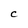
Character: C